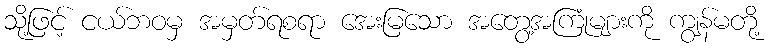
သို့ဖြင့် ငယ်ဘဝမှ အမှတ်ရစရာ အေးမြသော အတွေ့အကြုံများကို ကျွန်မတို့